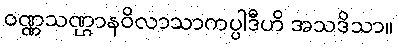
ဝဏ္ဏသဏ္ဌာနဝိလာသာကပ္ပါဒီဟိ အသဒိသာ။